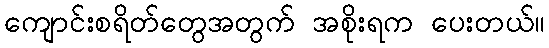
ကျောင်းစရိတ်တွေအတွက် အစိုးရက ပေးတယ်။